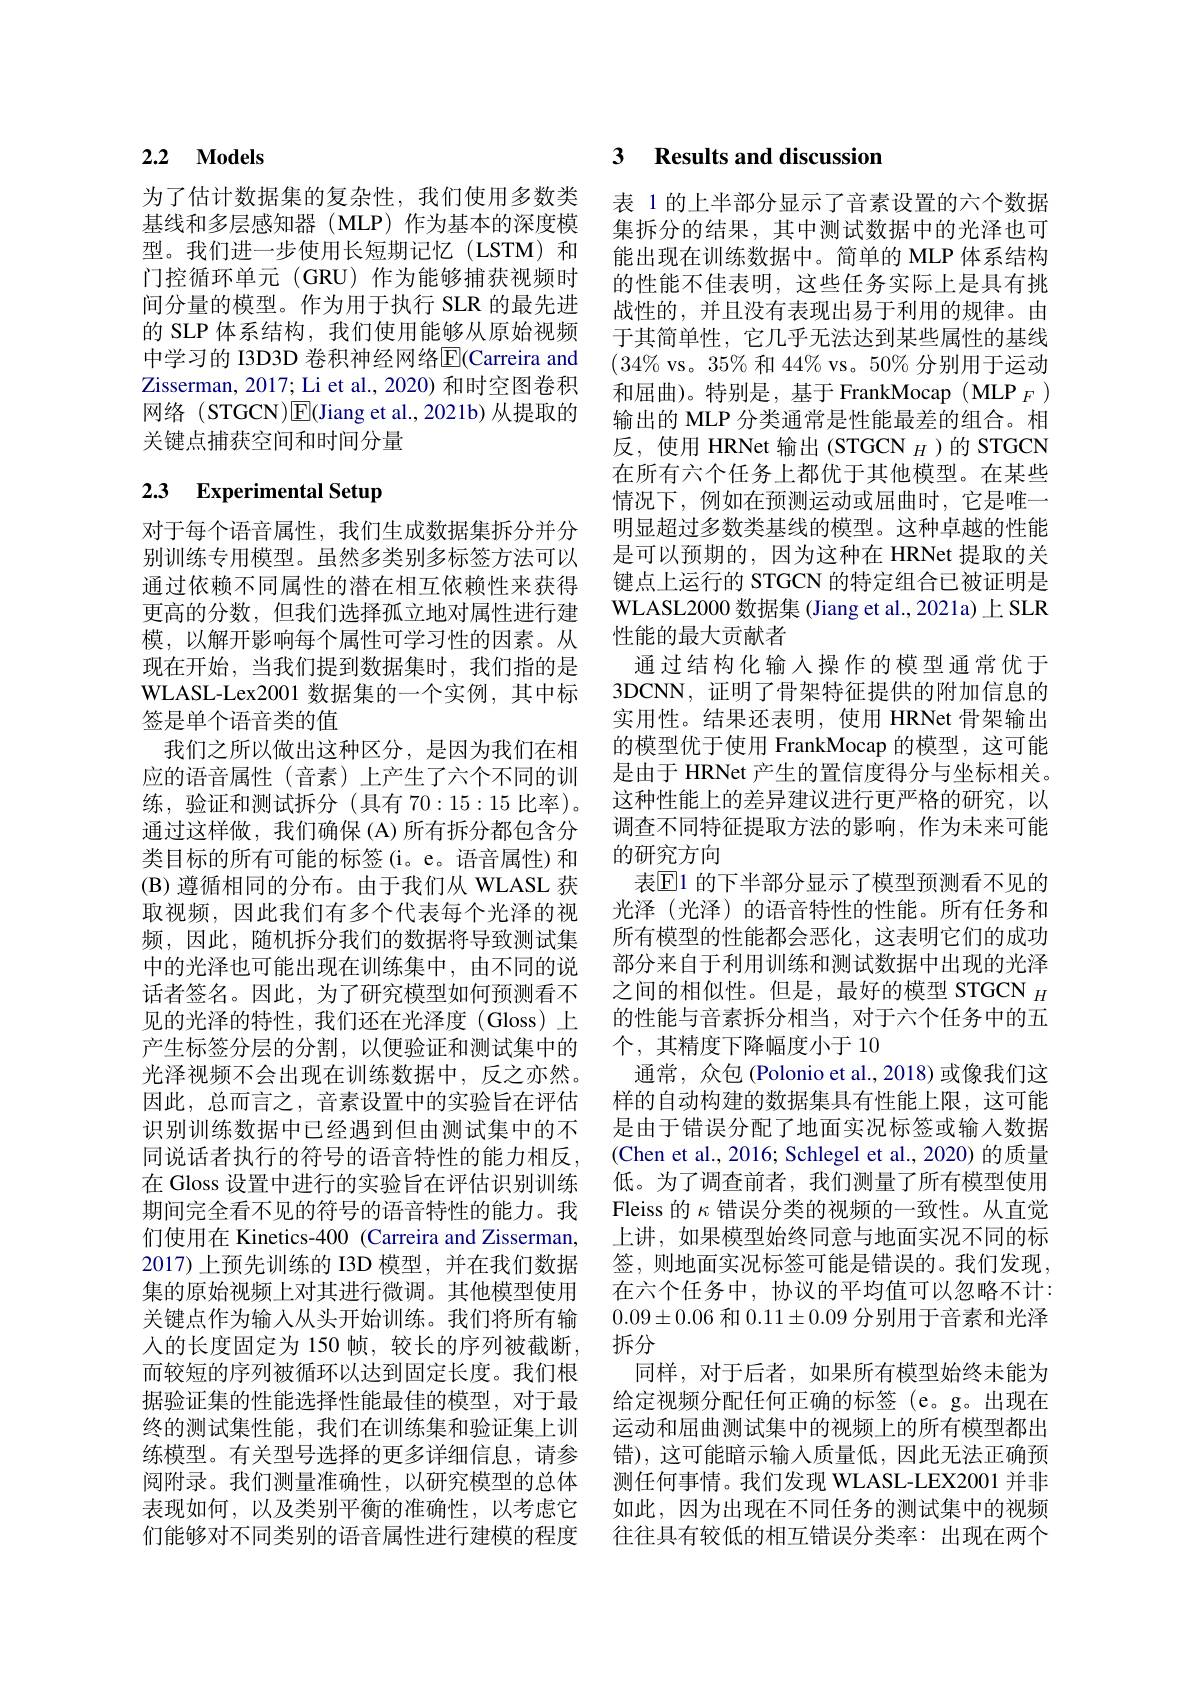
## 2.2 Models

为了估计数据集的复杂性，我们使用多数类基线和多层感知器(MLP)作为基本的深度模型。我们进一步使用长短期记忆(LSTM)和门控循环单元(GRU)作为能够捕获视频时间分量的模型。作为用于执行 SLR 的最先进的 SLP 体系结构，我们使用能够从原始视频中学习的 I3D3D 卷积神经网络$\overline{\mathrm{E}}($Carreira and Zisserman, 2017; Li et al., 2020) 和时空图卷积网络 (STGCN)E(Jiang et al.,2021b) 从提取的关键点捕获空间和时间分量

# 2.3 Experimental Setup

对于每个语音属性，我们生成数据集拆分并分别训练专用模型。虽然多类别多标签方法可以通过依赖不同属性的潜在相互依赖性来获得更高的分数，但我们选择孤立地对属性进行建模，以解开影响每个属性可学习性的因素。从现在开始，当我们提到数据集时，我们指的是WLASL- Lex2001数据集的一个实例，其中标签是单个语音类的值
我们之所以做出这种区分，是因为我们在相应的语音属性(音素)上产生了六个不同的训练，验证和测试拆分(具有 70:15:15 比率)。通过这样做，我们确保(A)所有拆分都包含分(B) 遵循相同的分布。由于我们从 WLASL 获取视频，因此我们有多个代表每个光泽的视频，因此，随机拆分我们的数据将导致测试集中的光泽也可能出现在训练集中，由不同的说话者签名。因此，为了研究模型如何预测看不见的光泽的特性，我们还在光泽度(Gloss)上产生标签分层的分割，以便验证和测试集中的光泽视频不会出现在训练数据中，反之亦然。因此，总而言之，音素设置中的实验旨在评估识别训练数据中已经遇到但由测试集中的不同说话者执行的符号的语音特性的能力相反， 在 Gloss 设置中进行的实验旨在评估识别训练期间完全看不见的符号的语音特性的能力。我们使用在 Kinetics-400 (Carreira and Zisserman, 2017)上预先训练的 I3D 模型，并在我们数据集的原始视频上对其进行微调。其他模型使用关键点作为输入从头开始训练。我们将所有输人的长度固定为 150 帧，较长的序列被截断， 而较短的序列被循环以达到固定长度。我们根据验证集的性能选择性能最佳的模型，对于最终的测试集性能，我们在训练集和验证集上训练模型。有关型号选择的更多详细信息，请参阅附录。我们测量准确性，以研究模型的总体表现如何，以及类别平衡的准确性，以考虑它们能够对不同类别的语音属性进行建模的程度

### 3 $\textbf{Results and discussion}$

表 1 的上半部分显示了音素设置的六个数据集拆分的结果，其中测试数据中的光泽也可能出现在训练数据中。简单的 MLP 体系结构的性能不佳表明，这些任务实际上是具有挑战性的，并且没有表现出易于利用的规律。由于其简单性，它几乎无法达到某些属性的基线$(34\%$vs。35%和 44% vs。50%分别用于运动和屈曲)。特别是，基于 FrankMocap ( MLP $_F$ 输出的 MLP 分类通常是性能最差的组合。相反，使用 HRNet 输出(STGCN $_{H}$)的 STGCN 在所有六个任务上都优于其他模型。在某些情况下，例如在预测运动或屈曲时，它是唯一明显超过多数类基线的模型。这种卓越的性能是可以预期的，因为这种在 HRNet 提取的关键点上运行的 STGCN 的特定组合已被证明是WLASL2000 数据集 (Jiang et al.,2021a) 上 SLR 性能的最大贡献者
通过结构化输入操作的模型通常优于3DCNN, 证明了骨架特征提供的附加信息的实用性。结果还表明，使用 HRNet 骨架输出的模型优于使用 FrankMocap 的模型，这可能是由于 HRNet 产生的置信度得分与坐标相关。这种性能上的差异建议进行更严格的研究，以调查不同特征提取方法的影响，作为未来可能
类目标的所有可能的标签(i。e。语音属性)和 的研究方向
表$\mathbb{E}$1 的下半部分显示了模型预测看不见的光泽(光泽)的语音特性的性能。所有任务和所有模型的性能都会恶化，这表明它们的成功部分来自于利用训练和测试数据中出现的光泽之间的相似性。但是，最好的模型 STGCN $_H$ 的性能与音素拆分相当，对于六个任务中的五个，其精度下降幅度小于10
通常，众包 (Polonio et al., 2018) 或像我们这样的自动构建的数据集具有性能上限，这可能是由于错误分配了地面实况标签或输人数据(Chen et al., 2016; Schlegel et al., 2020) 的质量低。为了调查前者，我们测量了所有模型使用Fleiss 的$\kappa$错误分类的视频的一致性。从直觉上讲，如果模型始终同意与地面实况不同的标签，则地面实况标签可能是错误的。我们发现， 在六个任务中，协议的平均值可以忽略不计： $0.09\pm0.06$和$0.11\pm0.09$分别用于音素和光泽拆分
同样，对于后者，如果所有模型始终未能为给定视频分配任何正确的标签 (e。g。出现在运动和屈曲测试集中的视频上的所有模型都出错),这可能暗示输入质量低，因此无法正确预测任何事情。我们发现 WLASL-LEX2001 并非如此，因为出现在不同任务的测试集中的视频往往具有较低的相互错误分类率：出现在两个